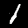
Label: 1